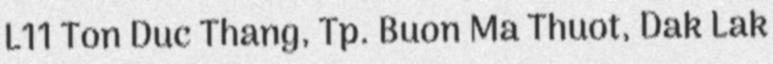
L11 Ton Duc Thang, Tp. Buon Ma Thuot, Dak Lak